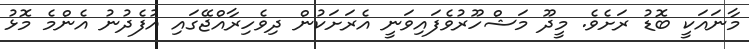
މާނައަކީ ބޮޑު ރަށެވެ. މީދޫ މަޝްހޫރުވެފައިވަނީ އެރަށަކުން ދިވެހިރާއްޖޭގައި އުފެދުނު އެންމެ މޮޅު